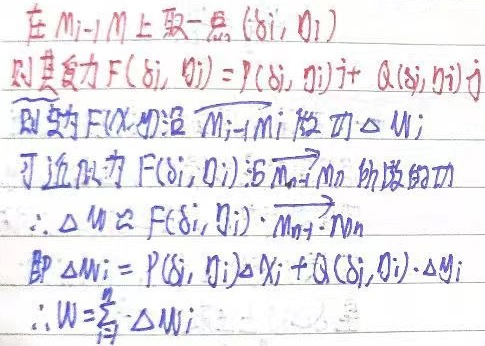
在\(M_{i - 1}M_{i}\)上取一点\((\xi_{i},\eta_{i})\)，则变力\(\vec{F}(\xi_{i},\eta_{i}) = P(\xi_{i},\eta_{i})\vec{i}+Q(\xi_{i},\eta_{i})\vec{j}\)。则力\(\vec{F}(x,y)\)沿\(\overrightarrow{M_{i - 1}M_{i}}\)做的功\(\Delta W_{i}\)可近似为\(\vec{F}(\xi_{i},\eta_{i})\)沿\(\overrightarrow{M_{i - 1}M_{i}}\)所做的功，\(\therefore \Delta W_{i}\approx\vec{F}(\xi_{i},\eta_{i})\cdot\overrightarrow{M_{i - 1}M_{i}}\)，即\(\Delta W_{i}=P(\xi_{i},\eta_{i})\Delta x_{i}+Q(\xi_{i},\eta_{i})\cdot\Delta y_{i}\)，\(\therefore W = \sum_{i = 1}^{n}\Delta W_{i}\)